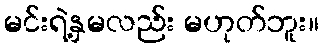
မင်းရဲ့နှမလည်း မဟုတ်ဘူး။